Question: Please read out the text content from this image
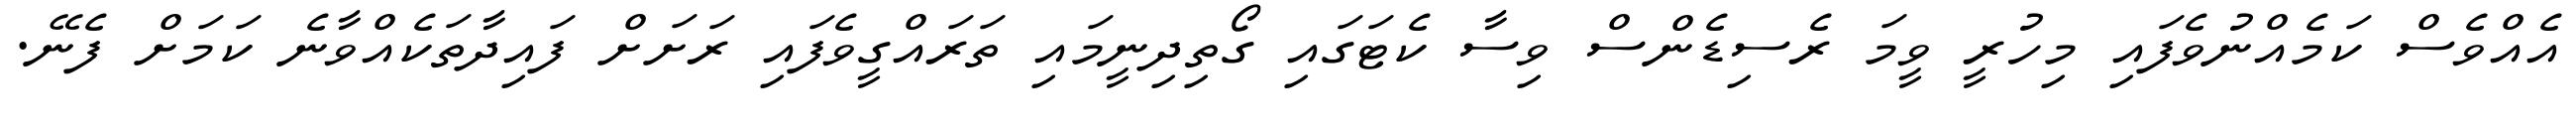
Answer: އެއްވެސް ކަމެއްނުވެފައި މިހުރީ ވީމަ ރެސިޑެންސް ވިސާ ކެޓަގައި ގޯތިދިނީމައި ތަރައްގީވެފައި ރަށަށް ފައިދާތަކެއްވާނެ ކަމަށް ފެނޭ.